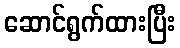
ဆောင်ရွက်ထားပြီး